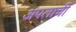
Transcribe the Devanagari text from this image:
अपलाची